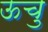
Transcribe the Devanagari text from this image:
ऊचु